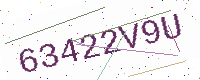
Text: 63422V9U